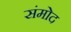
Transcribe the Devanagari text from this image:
संमोद